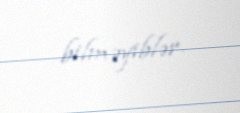
bilməyiblər.